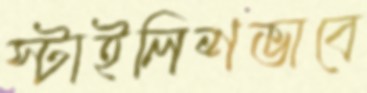
স্টাইলিশভাবে